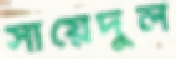
সায়েদুল